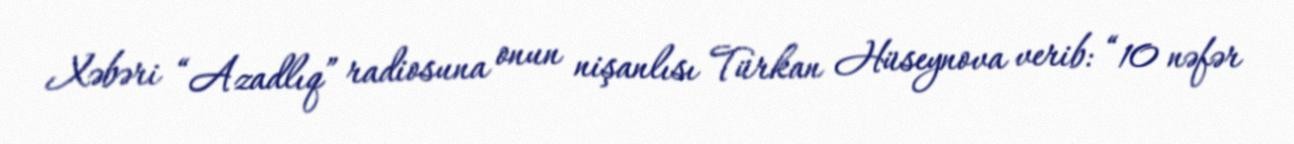
Xəbəri “Azadlıq” radiosuna onun nişanlısı Türkan Hüseynova verib: “10 nəfər